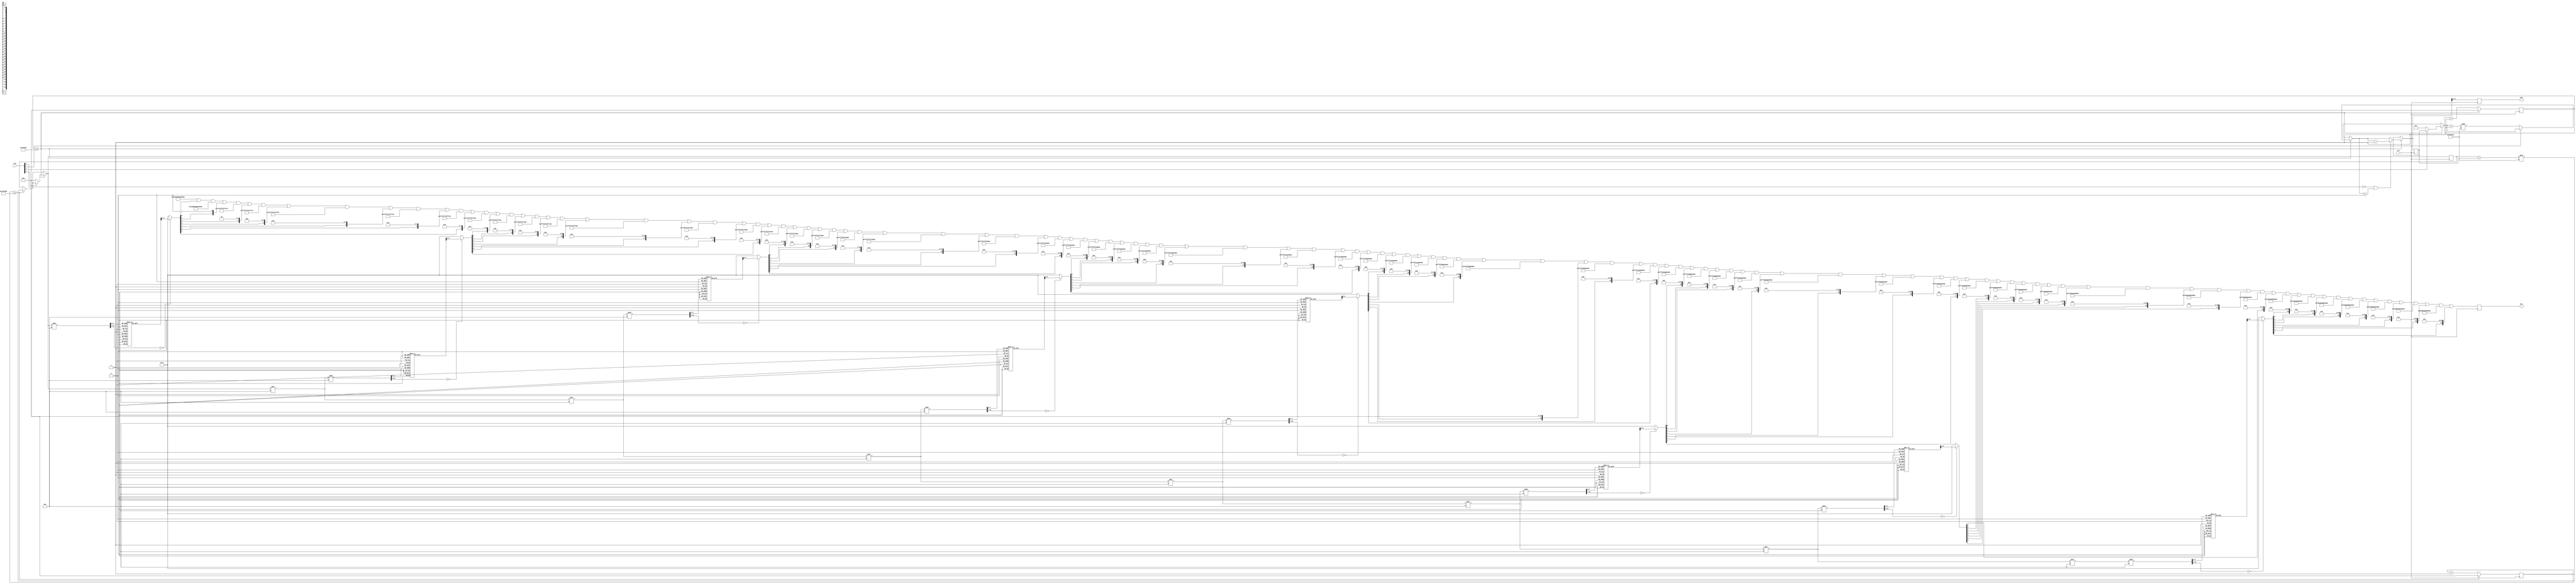
// board has 8 LED segment for display numbers
// print out the current tick which increments
// every number of second based on the clock
// use 4 button switch for reset and toggle of the
// step value. 18 LEDR is used for displaying the
// current step
`define NSEG  8
`define NLEDR 18

module ledhex
(
	input wire [3:0]         key,
	input wire               clk,
	output reg [`NLEDR-1:0]  ledr,
	output reg [`NSEG*7-1:0] hex
);	
	task clear();
		integer i;
		for (i = 0; i < `NSEG*7; i = i + 1) begin
			hex[i] = 1;
		end
	endtask
	
	task digit(input integer hp, input integer n);
		reg     [7:0] v;
		integer       i;
		
		begin
			case (n)
				0:       v = 7'b1000000;
				1:       v = 7'b1111001;
				2:       v = 7'b0100100;
				3:       v = 7'b0110000;
				4:       v = 7'b0011001;
				5:       v = 7'b0010010;
				6:       v = 7'b0000010;
				7:       v = 7'b1111000;
				8:       v = 7'b0000000;
				9:       v = 7'b0010000;
				default: v = 7'b1111111;
			endcase

			hp = hp*7;
			for (i = 0; i < 7; i = i + 1) begin
				hex[hp+i] = v[i];
			end
		end
	endtask
	
	task print(input integer n);
		integer i;
		
		begin
			clear();
			for (i = 0; i < `NSEG; i = i + 1) begin
				digit(i, n % 10); 
				n = n / 10;
			end
		end
	endtask

	parameter CLK_FREQ = 50_000_000;
	parameter EV_MAX   = CLK_FREQ / 25;
	parameter CNT_MAX  = CLK_FREQ;
	parameter MAX_NUM  = 100_000_000;
	
	reg [31:0] cnt, ev, val, step;
	integer    i;
	
	initial begin
		cnt = 0;
		ev = 0;
		val = 0;
		step = 1;
	end

	always @ (posedge clk) begin
		if (cnt >= CNT_MAX) begin
			cnt = 0;
			val = (val + step) % MAX_NUM;
		end
		else
			cnt = cnt + 1;
		
		if (ev >= EV_MAX) begin	
			ev = 0;
			if (key[0] == 1'b0)
				val = 0;
			if (key[1] == 1'b0)
				step = 1;
			if (key[2] == 1'b0)
				step = (step + 1) % MAX_NUM;
			if (key[3] == 1'b0 && step > 0)
				step = step - 1;
		end
		else
			ev = ev + 1;

		for (i = 0; i < `NLEDR; i = i + 1)
			ledr[i] = (step >> i) & 1;

		print(val);
	end
endmodule